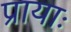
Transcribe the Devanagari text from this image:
प्रायाः